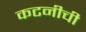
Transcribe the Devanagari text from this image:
कटनीची